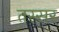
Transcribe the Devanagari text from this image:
तस्सर